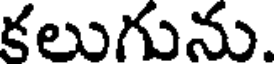
కలుగును.